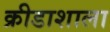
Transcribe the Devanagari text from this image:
क्रीडाशाला